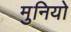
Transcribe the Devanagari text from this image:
मुनियो